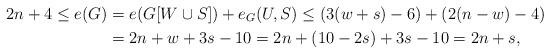
LaTeX: \begin{align*} 2n+4\le e(G)&=e(G[W\cup S])+e_G(U, S)\le (3(w+s)-6)+(2(n-w)-4)\\ &=2n+w+3s-10=2n+(10-2s)+3s-10=2n+s,\end{align*}